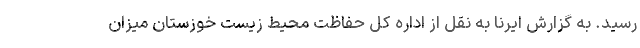
رسید. به گزارش ایرنا به نقل از اداره کل حفاظت محیط زیست خوزستان میزان